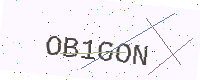
Text: OB1GON